Scottish Leaving Certificate Examination, 1959
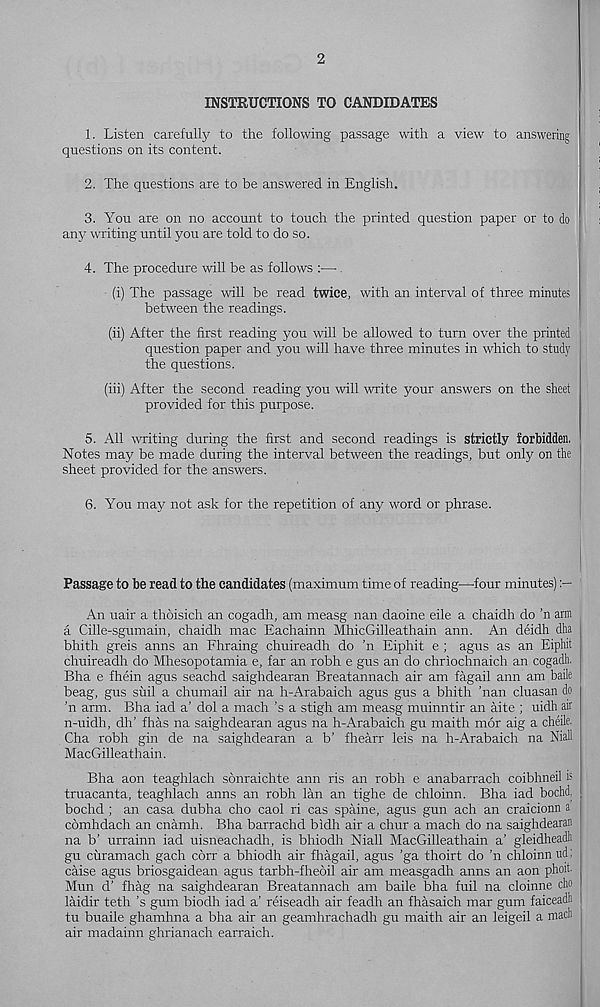
2
INSTRUCTIONS TO CANDIDATES
1. Listen carefully to the following passage with a view to answering
questions on its content.
2. The questions are to be answered in English.
3. You are on no account to touch the printed question paper or to do
any writing until you are told to do so.
4. The procedure will be as follows :— .
(i) The passage will be read twice, with an interval of three minutes
between the readings.
(ii) After the first reading you will be allowed to turn over the printed
question paper and you will have three minutes in which to study
the questions.
(iii) After the second reading you will mite your answers on the sheet
provided for this purpose.
5. All writing during the first and second readings is strictly forbidden,
Notes may be made during the interval between the readings, but only on the
sheet provided for the answers.
6. You may not ask for the repetition of any word or phrase.
Passage to be read to the candidates (maximum time of reading—four minutes)
An uair a thoisich an cogadh, am measg nan daoine eile a chaidh do 'n arm
a Cille-sgumain, chaidh mac Eachainn MhicGilleathain ann. An deidh dha
bhith greis aims an Fhraing chuireadh do ’n Eiphit e ; agus as an Eiphit
chuireadh do Mhesopotamia e, far an robh e gus an do chriochnaich an cogadh.
Bha e fhein agus seachd saighdearan Breatannach air am fagail ann am bade
beag, gus suil a chumail air na h-Arabaich agus gus a bhith ’nan cluasan do
’n arm. Bha iad a’ dol a mach’s a stigh am measg mu in nth' an aite ; uidh air
n-uidh, dh’ fhas na saighdearan agus na h-Arabaich gu maith mor aig a cheile.
Cha robh gin de na saighdearan a b’ fhearr leis na h-Arabaich na Niall
MacGilleathain.
Bha aon teaghlach sbnraichte ann ris an robh e anabarrach coibhneil is
truacanta, teaghlach aims an robh lan an tighe de chloinn. Bha iad bochd,
bochd ; an casa dubha cho caol ri cas spaine, agus gun ach an craicionn a
comhdach an cnamh. Bha barrachd bidh air a chur a mach do na saighdearan
na b’ urrainn iad uisneachadh, is bhiodh Niall MacGilleathain a’ gleidheadli
gu ciiramach gach corr a bhiodh air fhagail, agus ’ga thoirt do ’n chloinn ud:
caise agus briosgaidean agus tarbh-fheoil air am measgadh anns an aon phoif
Mun d’ fhag na saighdearan Breatannach am baile bha fuil na cloinne cho
laidir teth’s gum biodh iad a’ reiseadh air feadh an fhasaich mar gum faiceadli
tu buaile ghamhna a bha air an geamhrachadh gu maith air an leigeil a mach
air madainn ghrianach earraich.